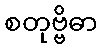
စတုဗ္ဗိဓာ